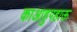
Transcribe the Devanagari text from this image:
काआहुपहाऊ